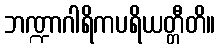
ဘဏ္ဍာဂါရိကပရိယတ္တီတိ။